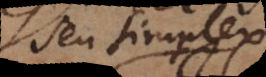
seu simplex